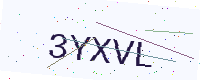
Text: 3YXVL